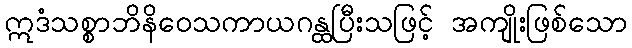
ဣဒံသစ္စာဘိနိဝေသကာယဂန္ထပြီးသဖြင့် အကျိုးဖြစ်သော